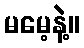
မမေ့နဲ့။